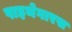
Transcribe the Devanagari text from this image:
पाइथेगारस